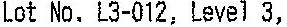
LOT NO. L3-012, LEVEL 3,